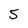
Character: 5